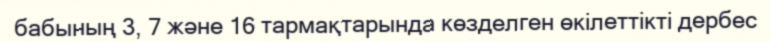
бабының 3, 7 және 16 тармақтарында көзделген өкілеттікті дербес